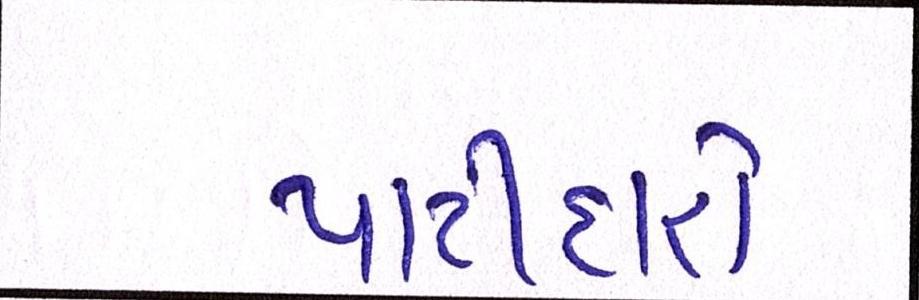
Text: પાટીદારો